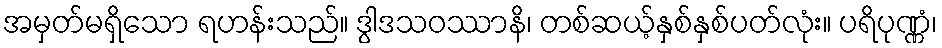
အမှတ်မရှိသော ရဟန်းသည်။ ဒွါဒသဝဿာနိ၊ တစ်ဆယ့်နှစ်နှစ်ပတ်လုံး။ ပရိပုဏ္ဏံ၊